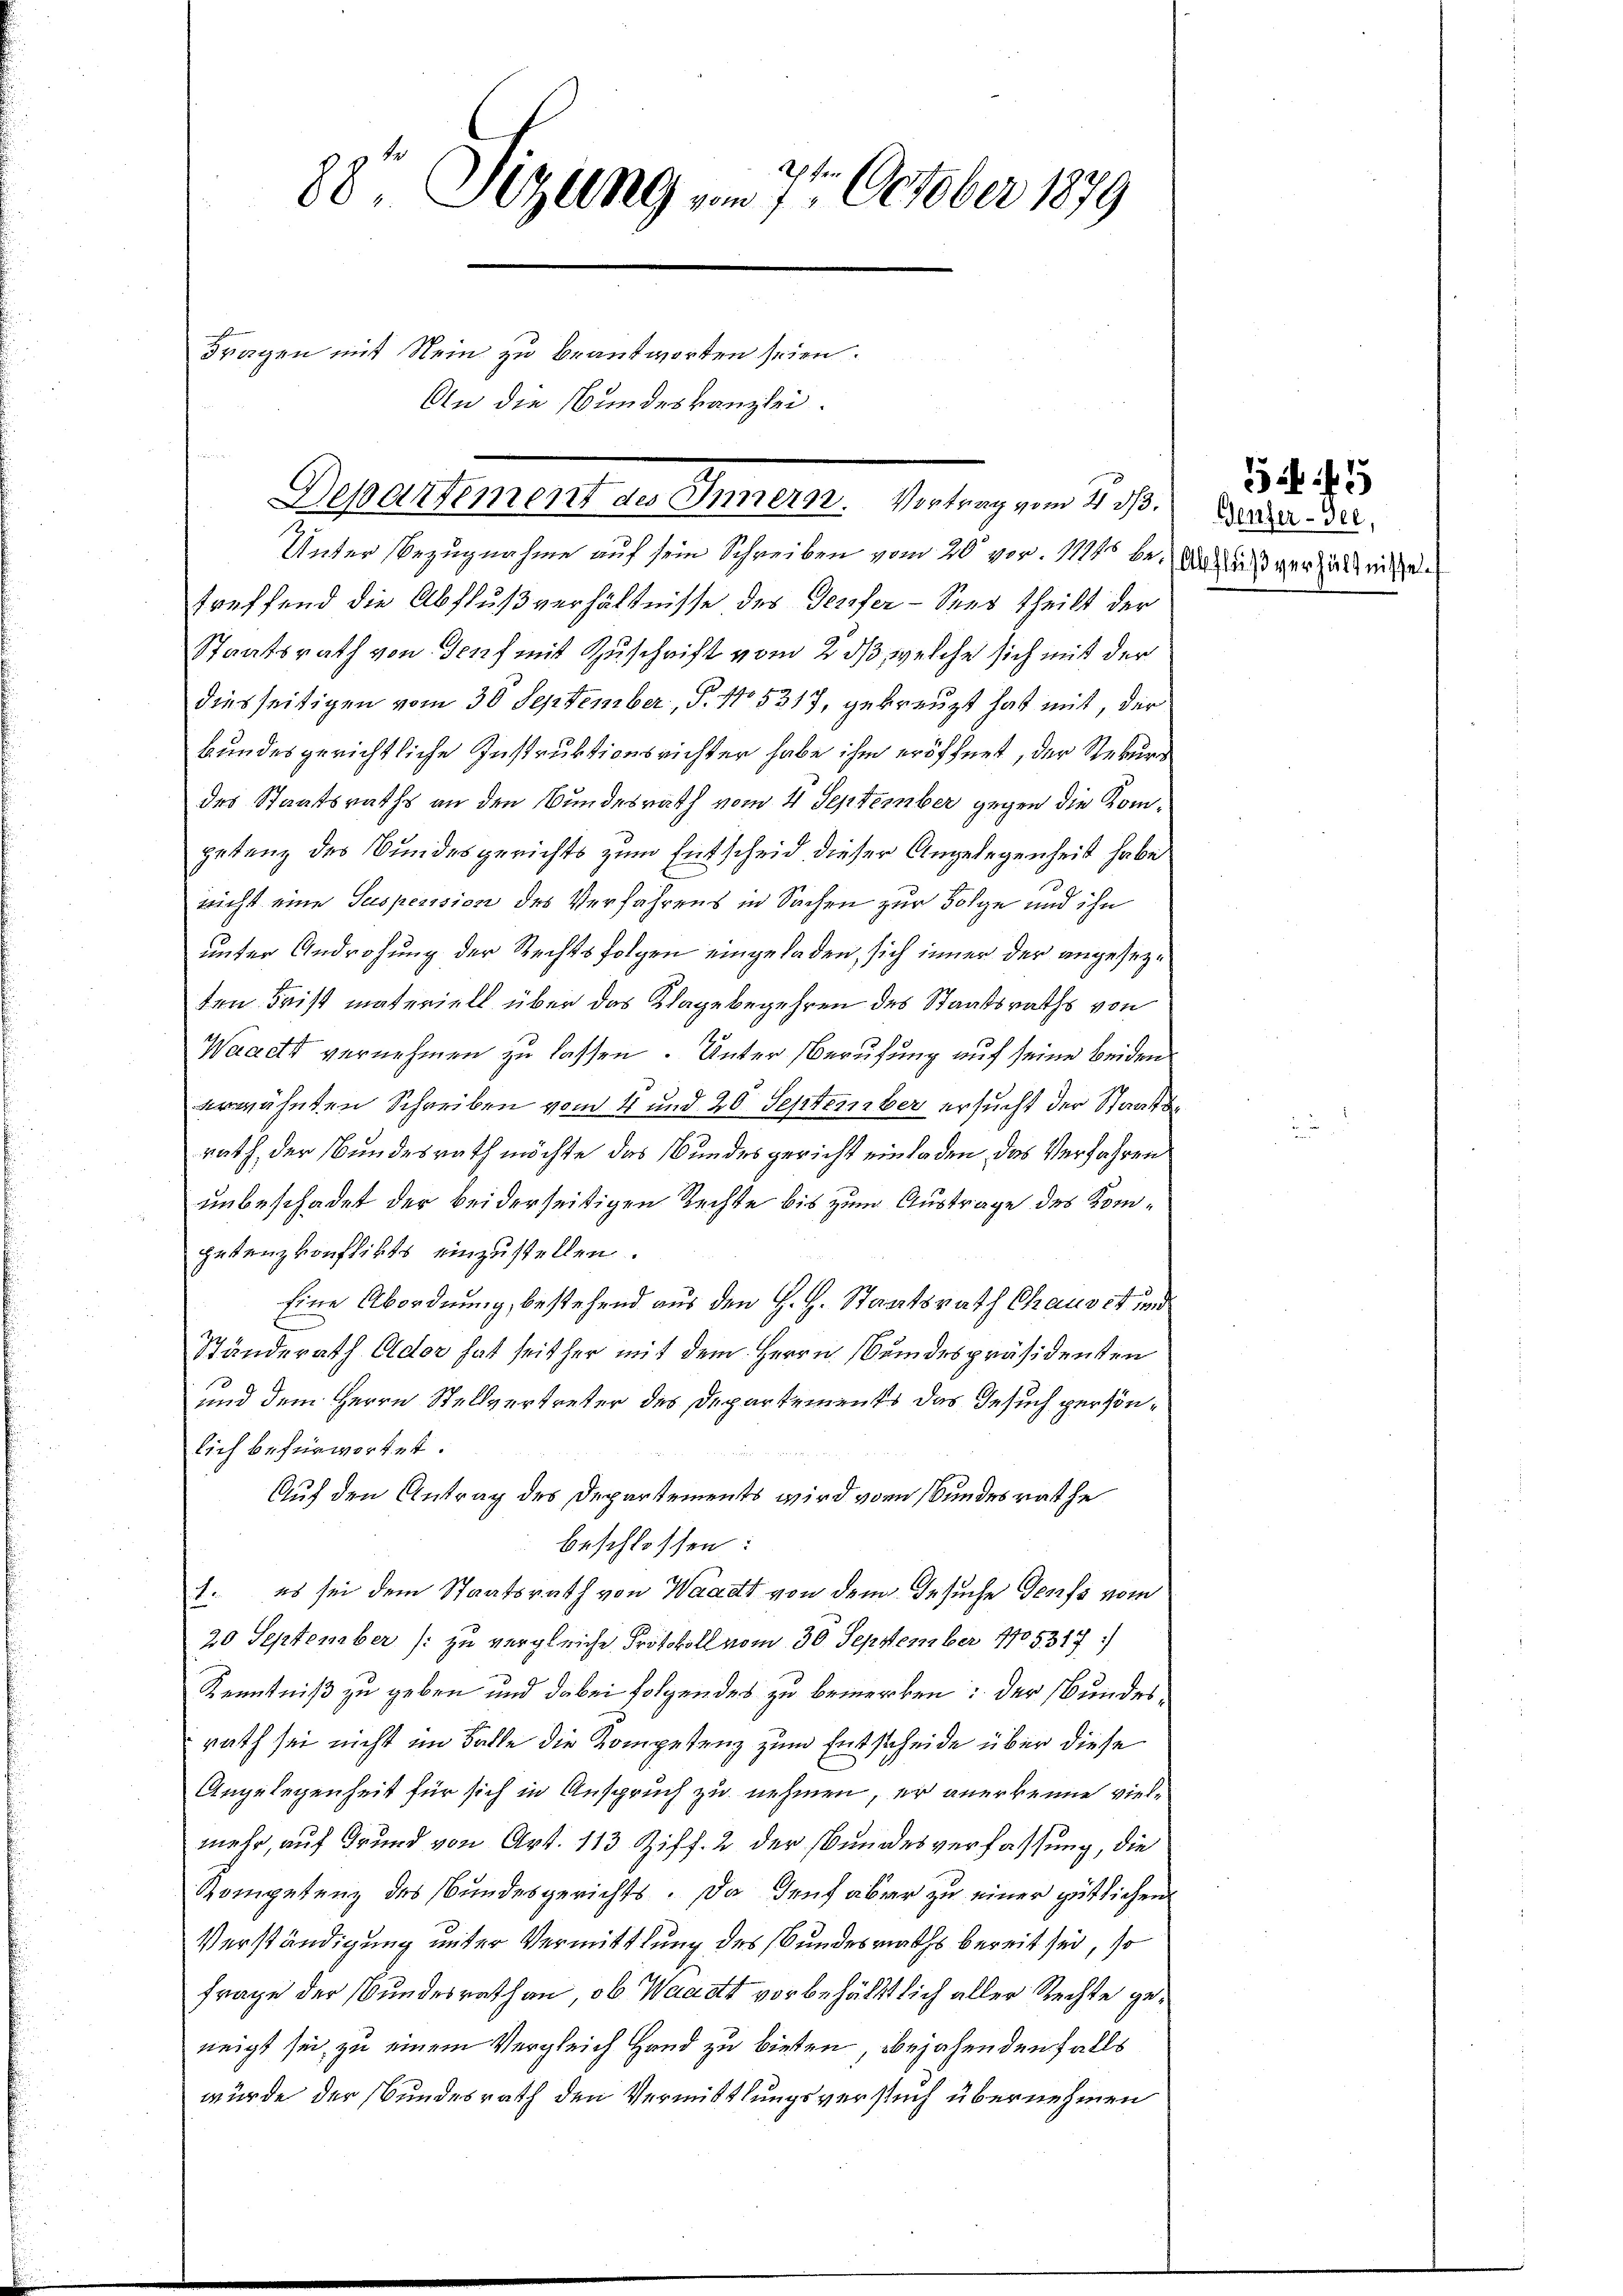
88. Sizung vom 7ten October 1879
Fragen mit Stein zu beantworten seien.

Departement des Innern. Vertrag vom 4. s. Bruder de
2

An die Bundeskanzlei.

Unter Bezugnahme auf sein Schreiben vom 20. vor. 11145 bei Anlaß verhältnissen
treffend die Abflußverhältnisse des Teufer - Sees theilt der
Staatsrath von Genf mit Zuschrift vom 2. ds, welche sich mit der
diesseitigen vom 30 September, P. No. 5317, gekreuzt hat mit, der
bundesgerichtliche Instruktionsrichter habe ihm eröffnet, der Rekurs
des Staatsraths an den Bundesrath vom 4 September gegen die Kompetenz des Bundesgerichts zum Entscheid dieser Angelegenheit habe
wicht eine Suspension des Verfahrens in Sachen zur Folge und ihn
unter Androhung der Rechtsfolgen eingeladen, sich immer der angesezten Frist materiell über das Klage begehren des Staatsraths von
Waacht vernehmen zu lassen. Unter Berufung auf seine beiden
erwähnten Schreiben vom 4 und 20 September ersucht der Staatsrath, der Bundesrath möchte das Bundesgericht einladen das Verfahren
unbeschadet der beiderseitigen Rechte bis zum Austrage des Kompetenzkonflikts einzustellen.
Eine Abordnung, bestehend aus den H. H. Staatsrath Chauset und
Ständerath Ador hat seither mit dem Herrn Seidespräsidenten
und dem Herrn Stellvertreter des Departements das Gesuch persönlich befürwortet.

Auf den Antrag des Departements wird vom Bundesrathe
beschlossen:
1. es sei dem Staatsrath von Waadt von dem Gesuche Genf vom
20 September (: zu vergleiche Protokoll vom 30. September 1905317)
Kenntniß zu geben und dabei folgendes zu bemerken: der Bundesrath sei nicht im Balle die Kompetenz zum Entscheide über diese
Angelegenheit für sich in Anspruch zu nehmen, er anerkenne vielmehr, auf Grund von Art. 113 Ziff. 2 der Bundesverfassung, die
Kompetenz des Bundesgerichts. Da den aber zu einer gütlichen
Verständigung unter Vermittlung des Bundesraths bereit sei, so
Frage der Bundesrath an, ob Waadt vorbehältlich aller Rechte geneigt sei, zu einem Vergleich Hand zu bieten, bejahenden falls
wurde der Bundesrath den Vermittlungsversuch übernehmen

545